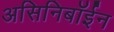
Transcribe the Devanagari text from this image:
असिनिबॉईन